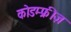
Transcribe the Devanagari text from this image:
कोडम्फ्रीज़